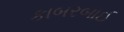
કાબરબાઈ